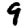
Digit: 9